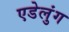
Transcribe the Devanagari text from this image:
एडेलुंग